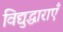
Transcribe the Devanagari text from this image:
विद्युद्धाराएँ